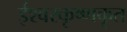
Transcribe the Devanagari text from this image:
ईश्वरकृष्णकृत